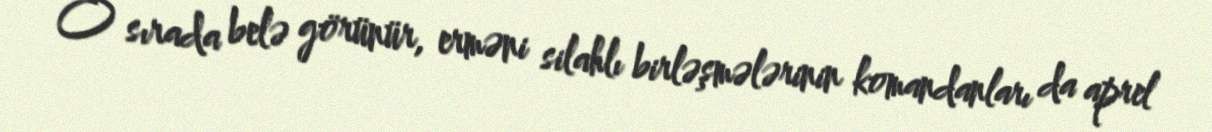
O sırada belə görünür, erməni silahlı birləşmələrinin komandanları da aprel